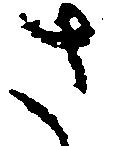
さ